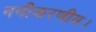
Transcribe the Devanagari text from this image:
नवीकरणीय।